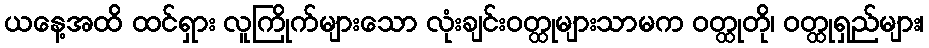
ယနေ့အထိ ထင်ရှား လူကြိုက်များသော လုံးချင်းဝတ္ထုများသာမက ဝတ္ထုတို၊ ဝတ္ထုရှည်များ၊